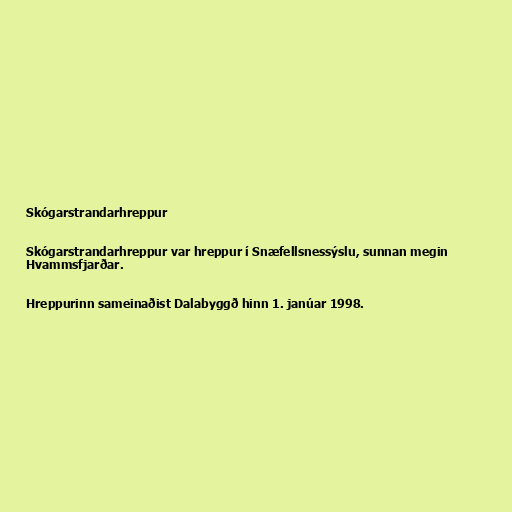
Skógarstrandarhreppur

Skógarstrandarhreppur var hreppur í Snæfellsnessýslu, sunnan megin
Hvammsfjarðar.

Hreppurinn sameinaðist Dalabyggð hinn 1. janúar 1998.